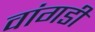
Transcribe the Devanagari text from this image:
वांगडी